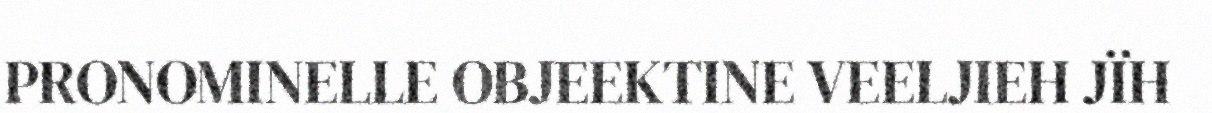
PRONOMINELLE OBJEEKTINE VEELJIEH JÏH